Civil Veterinary Department. Central Provinces & Berar 1932-41 - 1932-1941
Year: 1932
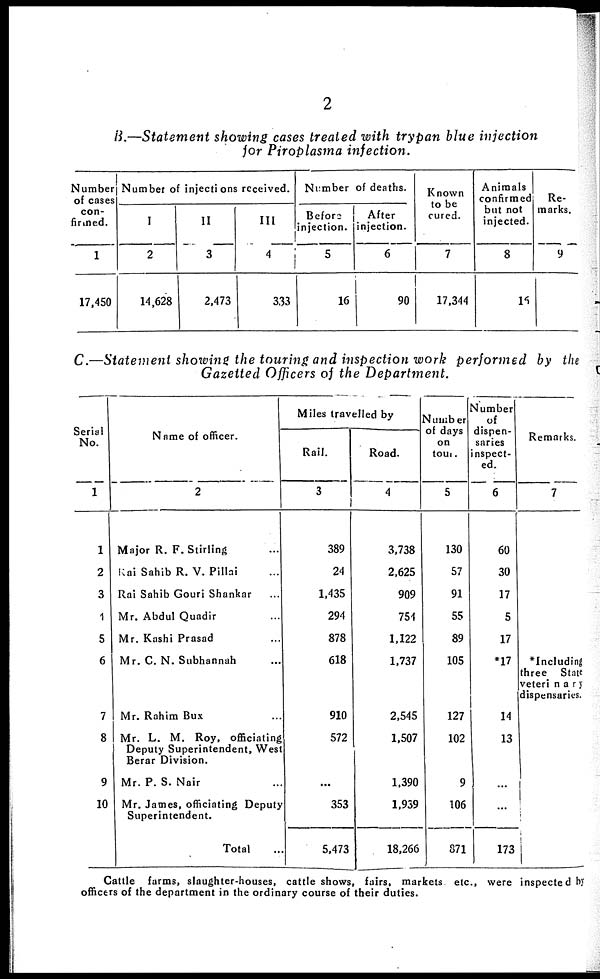
2
B.—Statement showing cases treated with trypan blue injection
for Piroplasma infection.
Number
of cases
con¬
firmed.
1
17,450
Number of
injections
received.
I
2
14,628
II
3
2,473
III
4
333
Number
of deaths.
Before
injection.
5
16
After
injection.
6
90
Known
to be
cured.
7
17,344
Animals
confirmed
but not
injected.
8
16
Re-
marks.
9
C.—Statement showing the touring and inspection work performed by the
Gazetted Officers of the Department.
Serial
No.
1
1
2
3
4
5
6
7
8
9
10
Name of officer.
2
Major R. F. Stirling ...
Rai Sahib R. V. Pillai ...
Rai Sahib Gouri Shankar ...
Mr. Abdul Quadir ...
Mr. Kashi Prasad ...
Mr. C. N. Subhannah ...
Mr. Rahim Bux ...
Mr. L. M. Roy, officiating
Deputy Superintendent, West
Berar Division.
Mr. P. S. Nair ...
Mr. James, officiating Deputy
Superintendent.
Total ...
Miles travelled by
Rail.
3
389
24
1,435
294
878
618
910
572
...
353
5,473
Road.
4
3,738
2,625
909
754
1,122
1,737
2,545
1,507
1,390
1,939
18,266
Number
of days
on
tour.
5
130
57
91
55
89
105
127
102
9
106
871
Number
of
dispen-
saries
inspect-
ed.
6
60
30
17
5
17
*17
14
13
...
...
173
Remarks.
7
*Including
three State
veterinary
dispensaries.
Cattle farms, slaughter-houses, cattle shows, fairs, markets etc., were inspected by
officers of the department in the ordinary course of their duties.